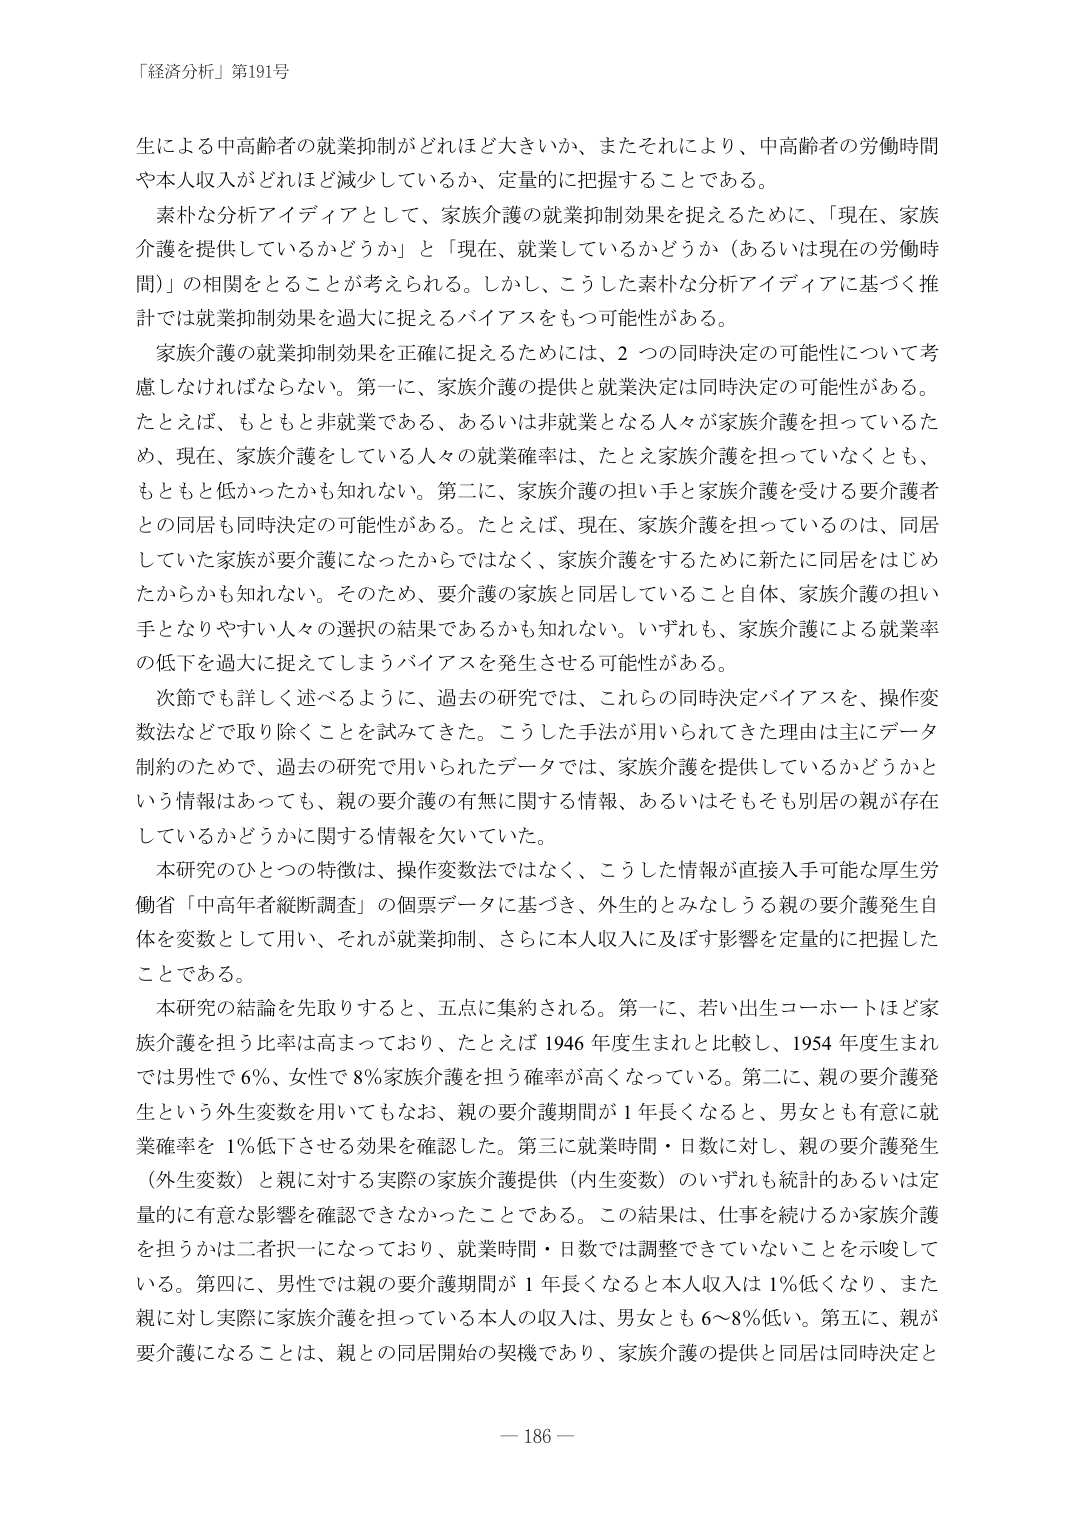
「経済分析」第191号

生による中高齢者の就業抑制がどれほど大きいか、またそれにより、中高齢者の労働時間や本人収入がどれほど減少しているか、定量的に把握することである。

素朴な分析アイデイアとして、家族介護の就業抑制効果を捉えるために、「現在、家族介護を提供しているかどうか」と「現在、就業しているかどうか（あるいは現在の労働時間）」の相関をとることが考えられる。しかし、こうした素朴な分析アイデイアに基づく推計では就業抑制効果を過大に捉えるバイアスをもつ可能性がある。

家族介護の就業抑制効果を正確に捉えるためには、2つの同時決定の可能性について考慮しなければならない。第一に、家族介護の提供と就業決定が同時決定の可能性がある。たとえば、もともと非就業である、あるいは非就業となる人々が家族介護を担っているため、現在、家族介護をしている人々の就業確率は、たとえ家族介護を担っていなくとも、もともと低かったかも知れない。第二に、家族介護の担い手と家族介護を受ける要介護者との同居も同時決定の可能性がある。たとえば、現在、家族介護を担っているのは、同居していた家族が要介護になったからではなく、家族介護をするために新たに同居をはじめたからかも知れない。そのため、要介護の家族と同居していること自体、家族介護の担い手となりやすい人々の選択の結果であるかも知れない。いずれも、家族介護による就業率の低下を過大に捉えてしまうバイアスを発生させる可能性がある。

次節でも詳しく述べるように、過去の研究では、これらの同時決定バイアスを、操作変数法などで取り除くことを試みてきた。こうした手法が用いられてきた理由は主にデータ制約のためで、過去の研究で用いられたデータでは、家族介護を提供しているかどうかという情報はあっても、親の要介護の有無に関する情報、あるいはそもそも別居の親が存在しているかどうかに関する情報を欠いていた。

本研究のひとつの特徴は、操作変数法ではなく、こうした情報が直接入手可能な厚生労働省「中高年者縦断調査」の個票データに基づき、外生的とみなしうる親の要介護発生自体を変数として用い、それが就業抑制、さらに本人収入に及ぼす影響を定量的に把握したことである。

本研究の結論を先取りすると、五点に集約される。第一に、若い出生コホートほど家族介護を担う比率は高まっており、たとえば1946年度生まれと比較し、1954年度生まれでは男性で6％、女性で8％家族介護を担う確率が高くなっている。第二に、親の要介護発生という外生変数を用いてもなお、親の要介護期間が1年長くなると、男女とも有意に就業確率を1％低下させる効果を確認した。第三に就業時間・日数に対し、親の要介護発生（外生変数）と親に対する実際の家族介護提供（内生変数）のいずれも統計的あるいは定量的に有意な影響を確認できなかったことである。この結果は、仕事を続けるか家族介護を担うかは二者択一になっており、就業時間・日数では調整できていないことを示唆している。第四に、男性では親の要介護期間が1年長くなると本人収入は1％低くなり、また親に対し実際に家族介護を担っている本人の収入は、男女とも6～8％低い。第五に、親が要介護になることは、親との同居開始の契機であり、家族介護の提供と同居は同時決定と

— 186 —